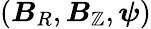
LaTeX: (\boldsymbol{B}_{R},\boldsymbol{B}_{\mathbb{Z}},\boldsymbol{\psi})